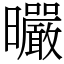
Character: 曮